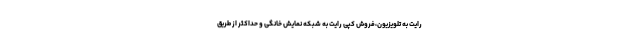
رایت به تلویزیون،فروش کپی رایت به شبکه نمایش خانگی و حداکثر از طریق